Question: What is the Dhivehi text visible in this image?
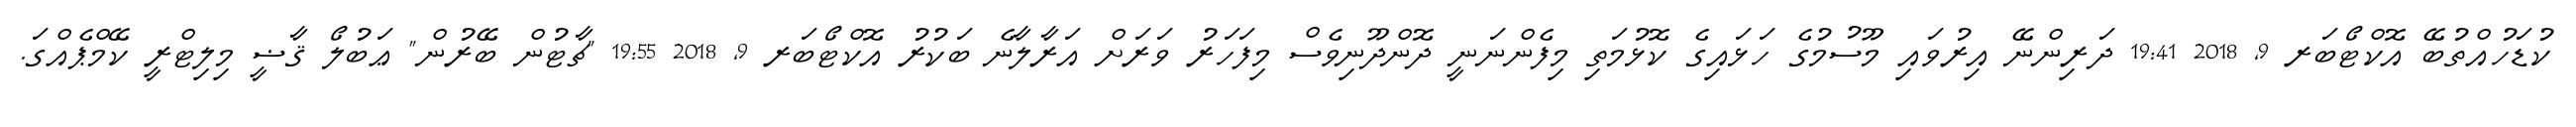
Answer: ކުޑަހުއްތުބޭ އޮކްޓޯބަރ 9, 2018 19:41 ދަރިންނޭ އިރުވައި މޫސުމުގެ ހަޅައިގެ ކޮޅުމަތި މިފެންނަނީ ދޮންދޫނިވެސް މިފަހަރު ވަރަށް އަރާލާނެ ބަކުރު އޮކްޓޯބަރ 9, 2018 19:55 "ޗާޓުން ބޭރުން" ޢަބުލޯ ޤާޟީ މިލިޓްރީ ކޭމްޕެއްގަ.